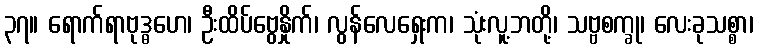
၃၇။ ရောက်ရာဗုဒ္ဓဟေ၊ ဦးထိပ်ဗွေနှိုက်၊ လွန်လေရှေးက၊ သုံးလူ့ဘတို့၊ သဗ္ဗစက္ခု၊ လေးခုသစ္စာ၊